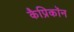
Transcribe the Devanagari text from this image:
कैप्रिकॉन